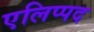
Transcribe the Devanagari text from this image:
एलिप्पद